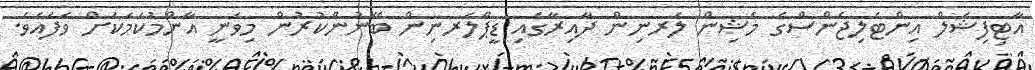
އާޓިފިޝަލް އިންޓެލިޖެންސްގެ މެޝިން ލަރނިން ދާއިރާގައި ޑީޕްލަރނިން ބޭނުންކުރުން މިވަނީ އާންމުކަމަކަށް ވެފައެވެ.